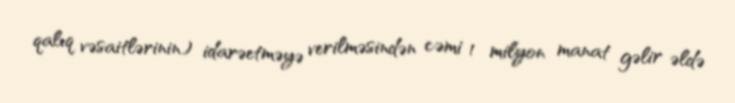
qalıq vəsaitlərinin) idarəetməyə verilməsindən cəmi 1 milyon manat gəlir əldə